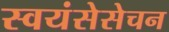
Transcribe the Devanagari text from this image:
स्वयंसेसेचन